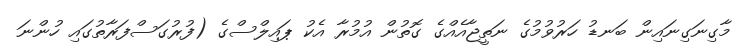
މާގިނަގިނައިން ބަނޑު ހަރުވުމުގެ ނަތީޖާއެއްގެ ގޮތުން އުމުރާ އެކު ޕައިލްސްގެ (ފުރުގަސްފަރާތުގައި ހުންނަ